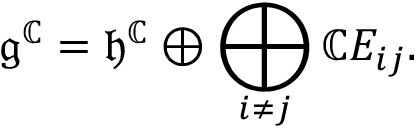
{ \mathfrak { g } } ^ { \mathbb { C } } = { \mathfrak { h } } ^ { \mathbb { C } } \oplus \bigoplus _ { i \neq j } \mathbb { C } E _ { i j } .